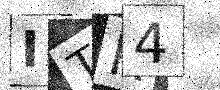
Text: ITR4